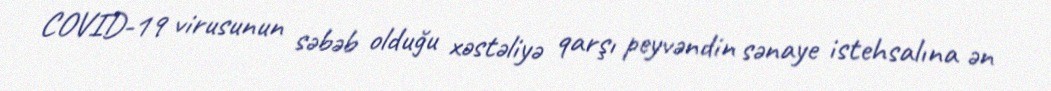
COVID-19 virusunun səbəb olduğu xəstəliyə qarşı peyvəndin sənaye istehsalına ən